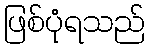
ဖြစ်ပုံရသည်